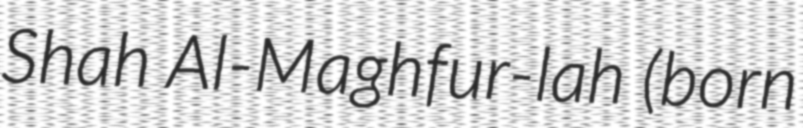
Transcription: Shah Al-Maghfur-lah (born